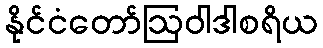
နိုင်ငံတော်ဩဝါဒါစရိယ